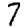
Digit: 7